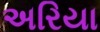
અરિયા